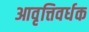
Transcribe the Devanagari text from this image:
आवृत्तिवर्धक